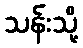
သန်းသို့